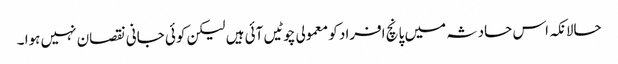
حالانکہ اس حادثہ میں پانچ افراد کو معمولی چوٹیں آئی ہیں لیکن کوئی جانی نقصان نہیں ہوا ۔